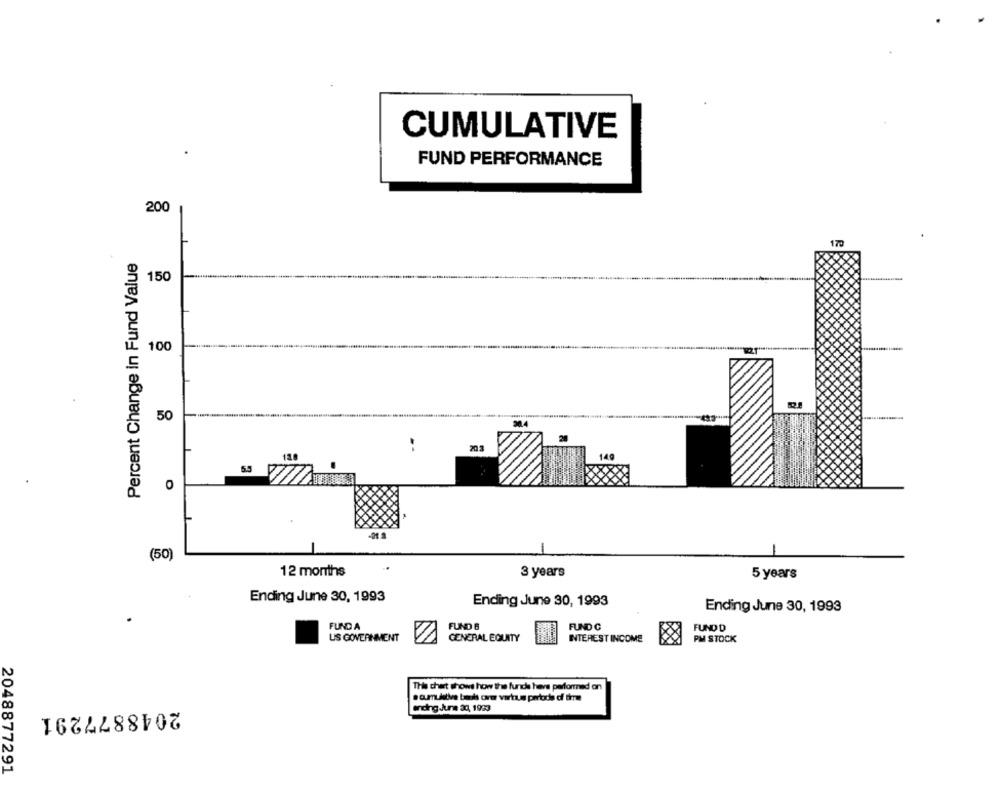
CUMULATIVE
FUND PERFORMANCE
200
170
Percent Change in Fund Value
150
100
50
30.4
20.3
5.5
(50)
12 months
3 years
5 years
Ending June 30, 1993
Ending June 30, 1993
Ending June 30, 1993
FUND A
FUND 6
FUND C
FUND D
US GOVERNMENT
GENERAL EQUITY
INTEREST INCOME
PM STOCK
This chet shows how the funds heve performed on
2048877291
anding June 30, 1993
2048877291